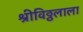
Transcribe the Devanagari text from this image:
श्रीविठ्ठलाला